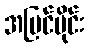
အပြင်ပိုင်း